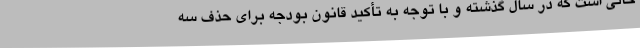
حالی است که در سال گذشته و با توجه به تأکید قانون بودجه برای حذف سه